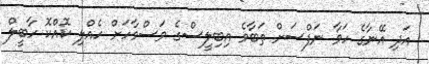
އަދި އޭނާގެ ހަވާ ނަފްސަށް ތަބާވެ އިބިލީސްގެ ވަސްވާހަށް ހެއްލި ކޮއްކޮ ހާބީލް